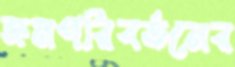
ক্রমপরিবর্তনের